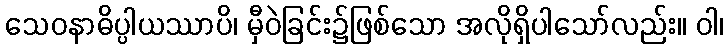
သေဝနာဓိပ္ပါယဿာပိ၊ မှီဝဲခြင်း၌ဖြစ်သော အလိုရှိပါသော်လည်း။ ဝါ၊